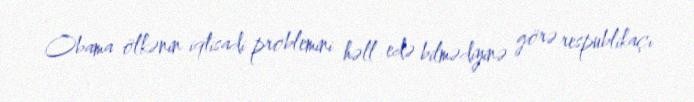
Obama ölkənin iqtisadi problemini həll edə bilmədiyinə görə respublikaçı